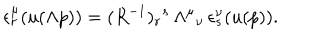
\epsilon _ { r } ^ { \mu } ( u ( \Lambda p ) ) = ( R ^ { - 1 } ) _ { r } { } ^ { s } \, \Lambda ^ { \mu } { } _ { \nu } \, \epsilon _ { s } ^ { \nu } ( u ( p ) ) .